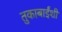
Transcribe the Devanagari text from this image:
तुकाबाईंशी